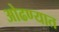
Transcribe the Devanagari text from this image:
ओढण्यात